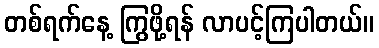
တစ်ရက်နေ့ ကြွဖို့ရန် လာပင့်ကြပါတယ်။